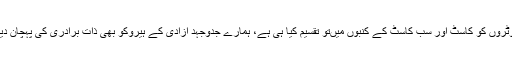
اس ووٹ کی سیاست نے ووٹروں کو کاسٹ اور سب کاسٹ کے کنبوں میںتو تقسیم کیا ہی ہے، ہمارے جدوجہد آزادی کے ہیروکو بھی ذات برادری کی پہچان دینے کی کھلی کوششکی ہے۔